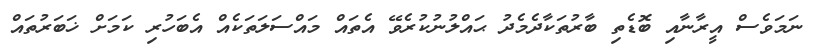
ނަމަވެސް އީރާނާއި ބޮޑެތި ބާރުތަކާދެމެދު ޙައްލުނުކުރެވޭ އެތައް މައްސަލަތަކެއް އެބަހުރި ކަމަށް ޚަބަރުތައް